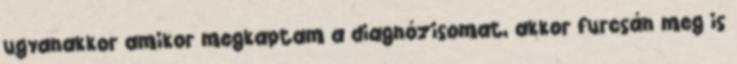
ugyanakkor amikor megkaptam a diagnózisomat, akkor furcsán meg is